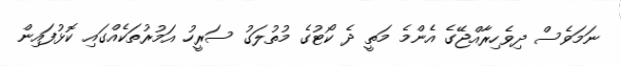
ނަމަވެސް ދިވެހިރާއްޖޭގެ އެންމެ މަތީ ދެ ކޯޓުގެ މުތުލަގު ސަރީހު އަމުރުތަކެއްގައި ކޮޅުފައިން